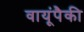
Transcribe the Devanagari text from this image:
वायूंपैकी